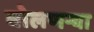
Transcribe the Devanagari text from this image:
बोलणऱ्या